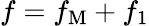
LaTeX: f=f_{\mathrm{M}}+f_{1}